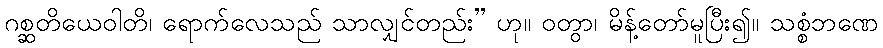
ဂစ္ဆတိယေဝါတိ၊ ရောက်လေသည် သာလျှင်တည်း” ဟု။ ဝတွာ၊ မိန့်တော်မူပြီး၍။ သစ္စံဘဏေ